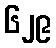
၆၂၉